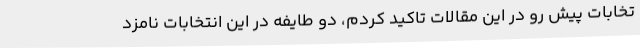
تخابات پیش رو در این مقالات تاکید کردم، دو طایفه در این انتخابات نامزد